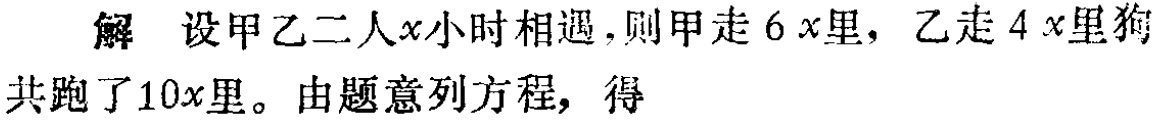
解 设甲乙二人\(x\)小时相遇，则甲走\(6x\)里，乙走\(4x\)里狗共跑了\(10x\)里。由题意列方程，得